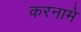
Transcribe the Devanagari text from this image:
करनामे